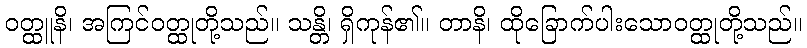
ဝတ္ထူနိ၊ အကြင်ဝတ္ထုတို့သည်။ သန္တိ၊ ရှိကုန်၏။ တာနိ၊ ထိုခြောက်ပါးသောဝတ္ထုတို့သည်။